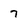
Character: 7